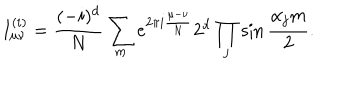
I _ { \mu \nu } ^ { ( i ) } = { \frac { ( - i ) ^ { d } } { N } } \sum _ { m } { e ^ { 2 \pi i { \frac { \mu - \nu } { N } } } 2 ^ { d } \prod _ { j } \sin { \frac { \alpha _ { j } m } { 2 } } } .